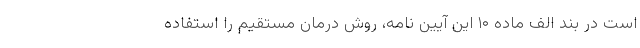
است در بند الف ماده ۱۰ این آیین نامه، روش درمان مستقیم را استفاده